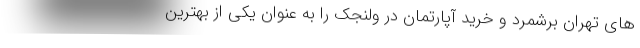
های تهران برشمرد و خرید آپارتمان در ولنجک را به عنوان یکی از بهترین